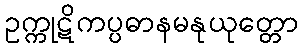
ဥက္ကုဋိကပ္ပဓာနမနုယုတ္တော